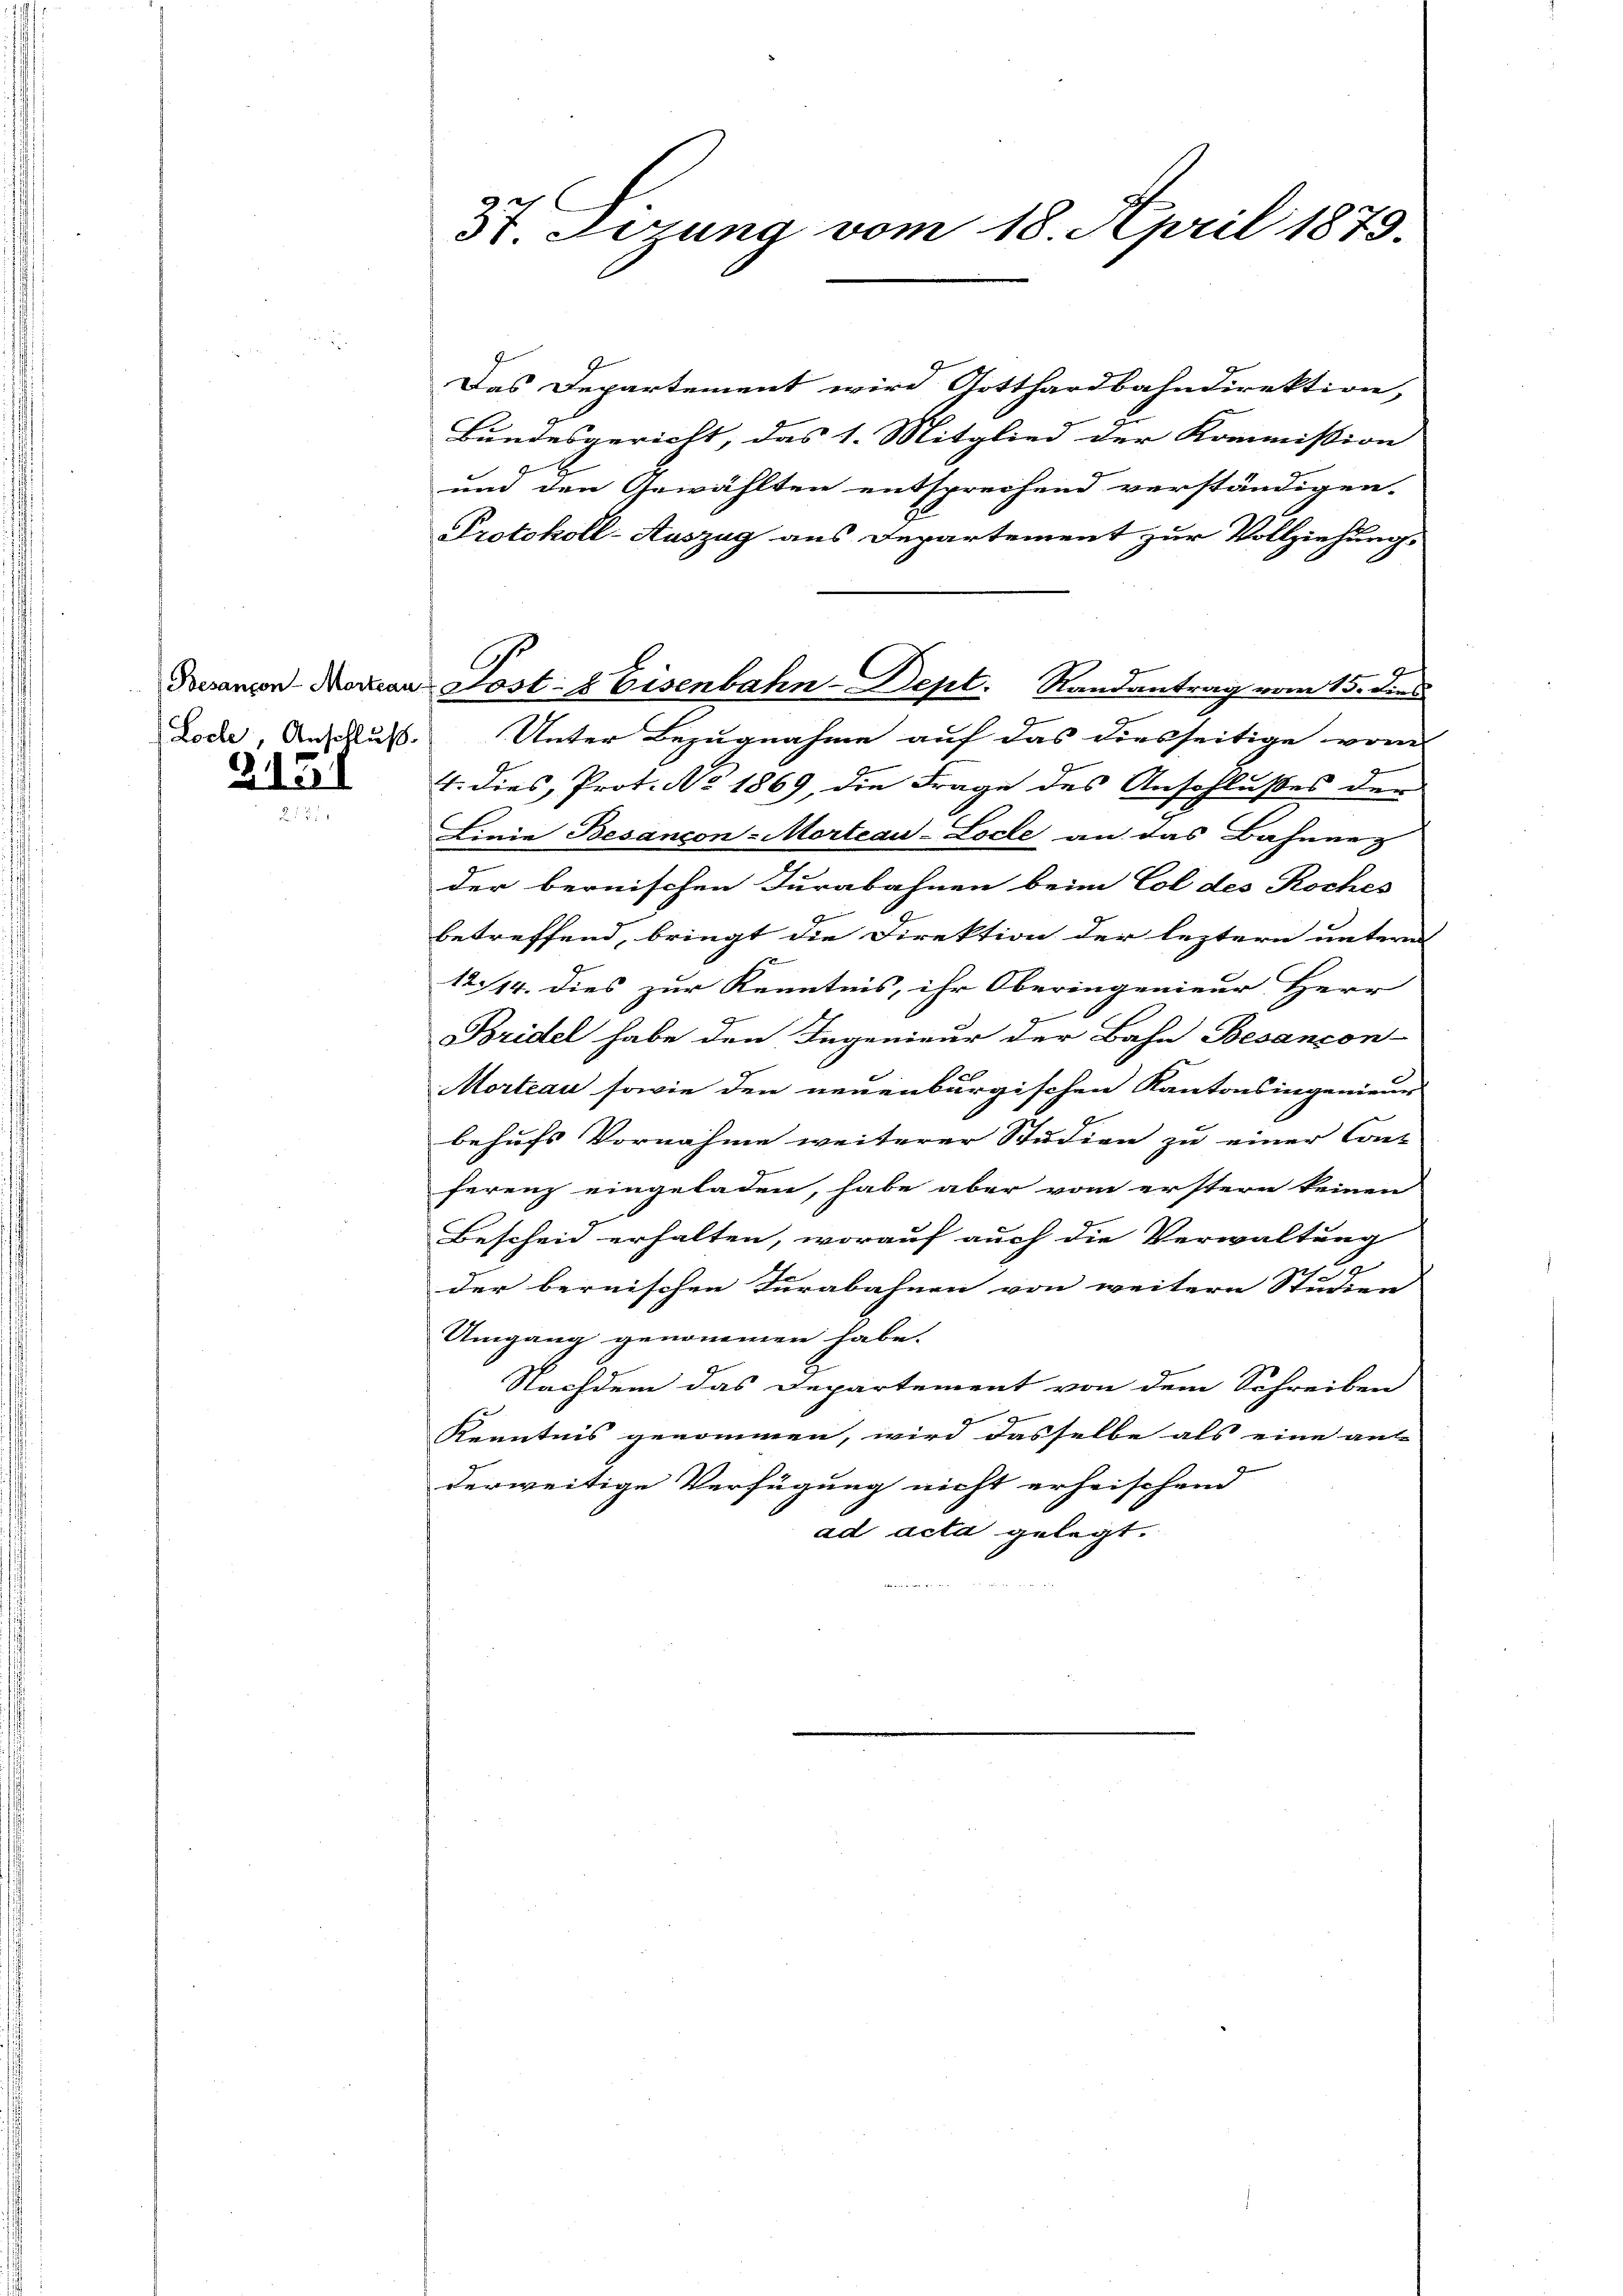
Besançon-Mortrau
Loche, Anschluß
2131

37 Firung vom 18. April 1879.

Das Departement wird Gotthardbahndirektion,
Bundesgericht, das 1. Mitglied der Kommission |
und den Gewählten entsprechend verständigen.
Protokoll-Auszug aus Departement zur Vollziehung.
Unter Bezugnahme auf das diesseitige vom
4. dies, Prot. No 1869, die Frage des Anschlußes der
Linie Besançon-Morteau-Locle an das Bahnne
der bernischen Jurabahnen beim Col des Koches
betreffend, bringt die Direktion der leztern untern
1
12./14. dies zur Kenntnis, ihr Oberingenieur Herr
Bridel habe den Ingenieur der Bahn Besançon-
Morteau sowie den neuenburgischen Kantonsingenieur
behufs Vornahme weiterer Studien zu einer Cont- |
ferenz eingeladen, habe aber vom erstern keinen
Bescheid erhalten, worauf auch die Verwaltung
der bernischen Turabahnen von weitern Studien |
Umgang genommen habe.
Nachdem das Departement von dem Schreiben
Kenntnis genommen, wird dasselbe als eine ant- |
derweitige Verfügung nicht erheischend
ad acta gelegt.

Post & Eisenbahn-Dept. Randantrag vom 15. dies